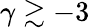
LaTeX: \gamma\gtrsim-3